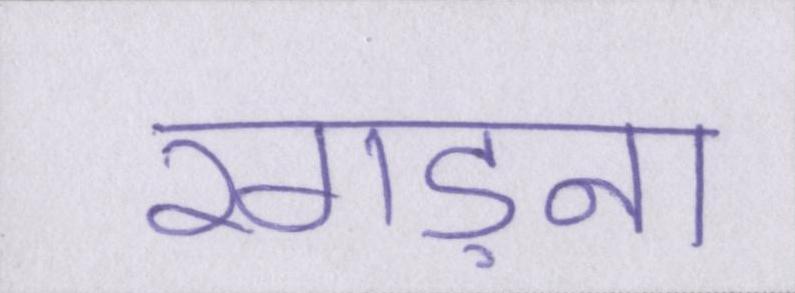
रगड़ना